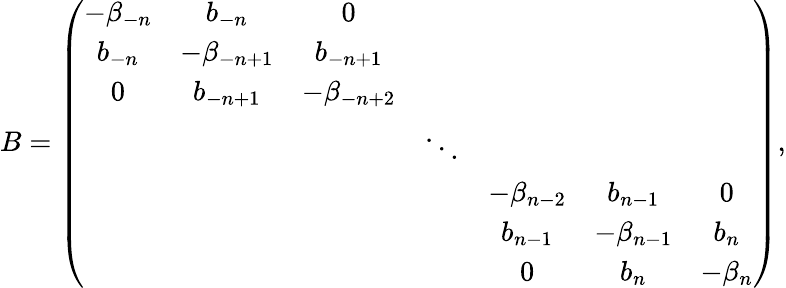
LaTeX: B=\left(\begin{array}{ccccccc}{{-\beta_{-n}}}&{{b_{-n}}}&{{0}}&{{}}&{{}}&{{}}&{{}}\\ {{b_{-n}}}&{{-\beta_{-n+1}}}&{{b_{-n+1}}}&{{}}&{{}}&{{}}&{{}}\\ {{0}}&{{b_{-n+1}}}&{{-\beta_{-n+2}}}&{{}}&{{}}&{{}}&{{}}\\ {{}}&{{}}&{{}}&{{\ddots}}&{{}}&{{}}&{{}}\\ {{}}&{{}}&{{}}&{{}}&{{-\beta_{n-2}}}&{{b_{n-1}}}&{{0}}\\ {{}}&{{}}&{{}}&{{}}&{{b_{n-1}}}&{{-\beta_{n-1}}}&{{b_{n}}}\\ {{}}&{{}}&{{}}&{{}}&{{0}}&{{b_{n}}}&{{-\beta_{n}}}\end{array}\right),